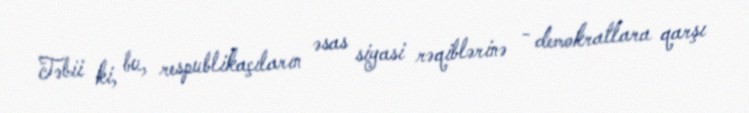
Təbii ki, bu, respublikaçıların əsas siyasi rəqiblərinə - demokratlara qarşı